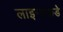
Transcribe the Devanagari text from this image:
लाइन्सकडे